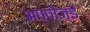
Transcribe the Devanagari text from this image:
अप्पोज़ई